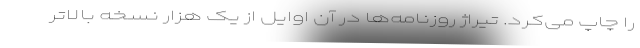
را چاپ می‌کرد. تیراژ روزنامه‌ها در آن اوایل از یک هزار نسخه بالاتر